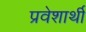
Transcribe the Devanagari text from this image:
प्रवेशार्थी